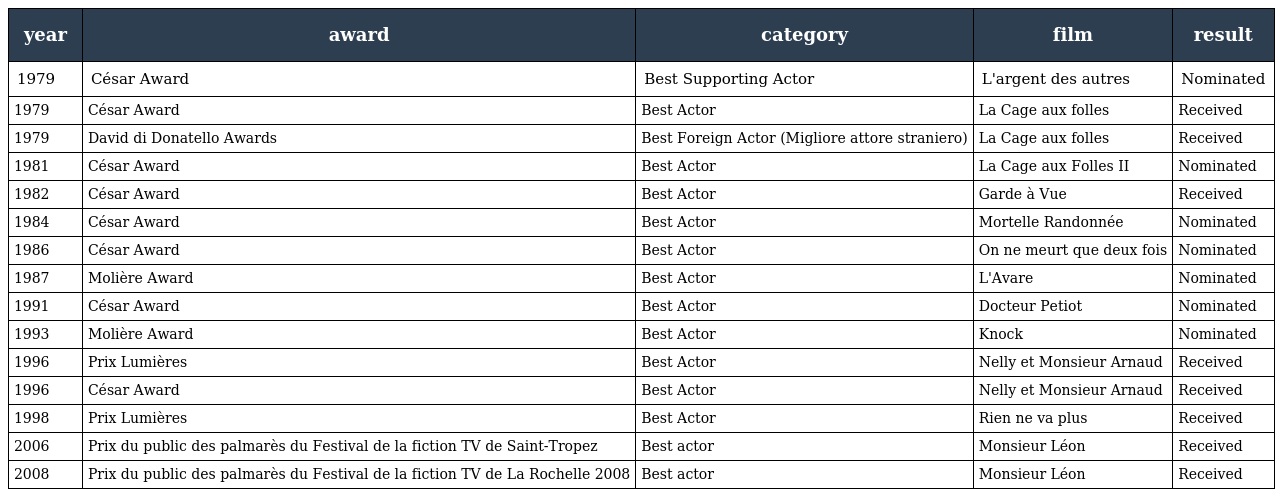
| year | award | category | film | result |
 | --- | --- | --- | --- | --- |
 | 1979 | César Award | Best Supporting Actor | L'argent des autres | Nominated |
 | 1979 | César Award | Best Actor | La Cage aux folles | Received |
 | 1979 | David di Donatello Awards | Best Foreign Actor (Migliore attore straniero) | La Cage aux folles | Received |
 | 1981 | César Award | Best Actor | La Cage aux Folles II | Nominated |
 | 1982 | César Award | Best Actor | Garde à Vue | Received |
 | 1984 | César Award | Best Actor | Mortelle Randonnée | Nominated |
 | 1986 | César Award | Best Actor | On ne meurt que deux fois | Nominated |
 | 1987 | Molière Award | Best Actor | L'Avare | Nominated |
 | 1991 | César Award | Best Actor | Docteur Petiot | Nominated |
 | 1993 | Molière Award | Best Actor | Knock | Nominated |
 | 1996 | Prix Lumières | Best Actor | Nelly et Monsieur Arnaud | Received |
 | 1996 | César Award | Best Actor | Nelly et Monsieur Arnaud | Received |
 | 1998 | Prix Lumières | Best Actor | Rien ne va plus | Received |
 | 2006 | Prix du public des palmarès du Festival de la fiction TV de Saint-Tropez | Best actor | Monsieur Léon | Received |
 | 2008 | Prix du public des palmarès du Festival de la fiction TV de La Rochelle 2008 | Best actor | Monsieur Léon | Received |